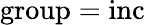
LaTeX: \textrm{group}=\textrm{inc}